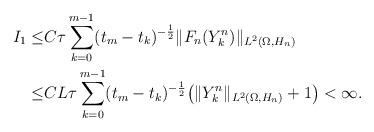
LaTeX: \begin{align*}I_1 \leq & C \tau \sum_{k = 0}^{m-1} (t_m - t_k)^{-\frac{1}{2}} \| F_n (Y_k^n)\|_{L^2(\Omega, H_n)}\\ \leq &C L \tau \sum_{k = 0}^{m-1} (t_m - t_k)^{-\frac{1}{2}} \big( \| Y_k^n\|_{L^2(\Omega, H_n)} + 1 \big) < \infty.\end{align*}